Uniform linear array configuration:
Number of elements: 32
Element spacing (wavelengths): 0.25
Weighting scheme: hann
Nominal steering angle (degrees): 30
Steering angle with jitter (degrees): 29.244
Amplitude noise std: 0.05
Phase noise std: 0.05

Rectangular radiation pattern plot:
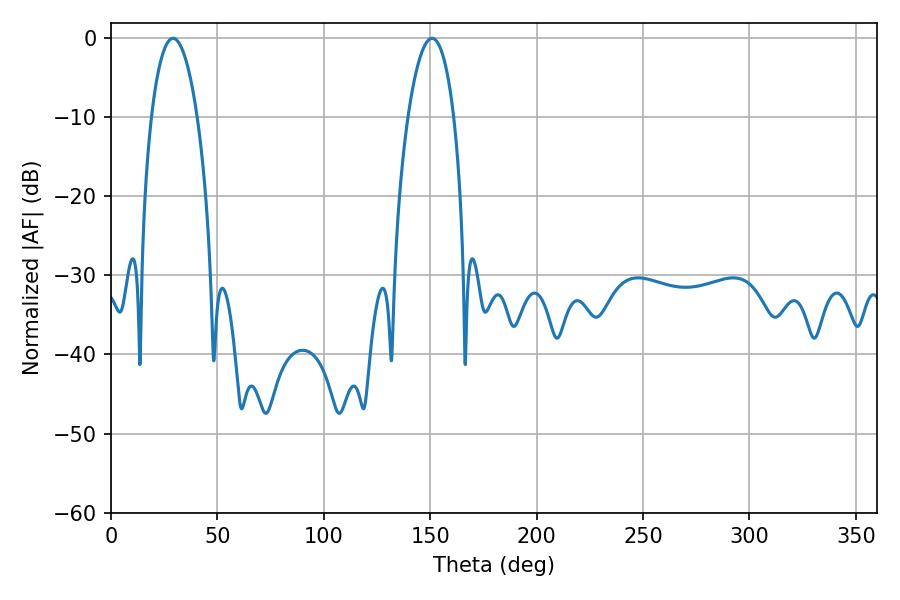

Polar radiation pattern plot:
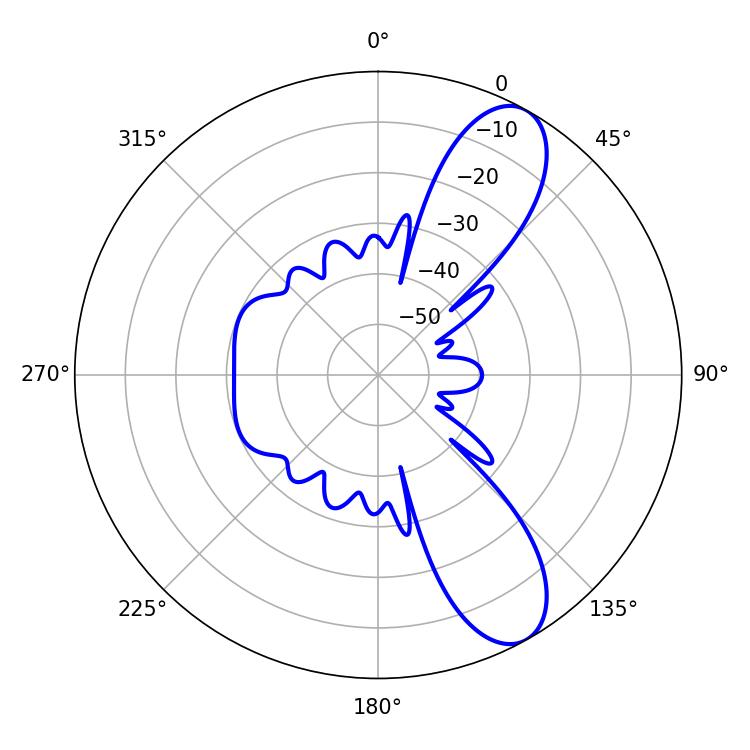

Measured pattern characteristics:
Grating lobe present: FALSE
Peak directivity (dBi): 9.627
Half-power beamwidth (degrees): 12.06
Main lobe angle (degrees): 29.16